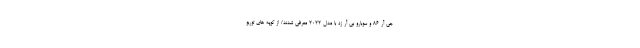
جی آر 86 و سوبارو بی آر زد با مدل 2022 معرفی شدند/ از کوپه های توربو